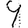
Digit: 9